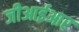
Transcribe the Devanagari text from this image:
जीआईआर